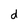
Character: d